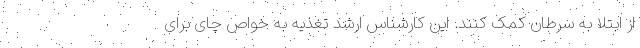
از ابتلا به سرطان کمک کنند. این کارشناس ارشد تغذیه به خواص چای برای